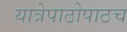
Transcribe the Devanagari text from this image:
यात्रेपाठोपाठच